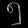
Digit: ၅